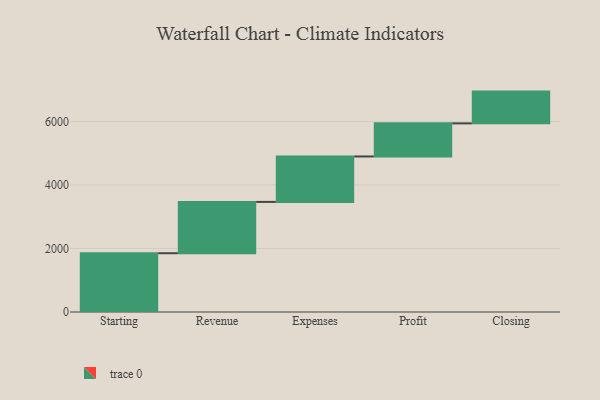
{"axis": {"x": "Step", "y": "Value"}, "legend": [""], "data": [{"x": "Starting", "y": 1850.0, "type": ""}, {"x": "Revenue", "y": 1616.0, "type": ""}, {"x": "Expenses", "y": 1430.0, "type": ""}, {"x": "Profit", "y": 1042.0, "type": ""}, {"x": "Closing", "y": 1000, "type": ""}]}